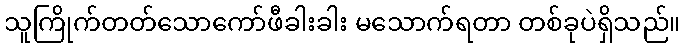
သူကြိုက်တတ်သောကော်ဖီခါးခါး မသောက်ရတာ တစ်ခုပဲရှိသည်။